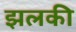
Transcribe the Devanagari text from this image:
झलकी